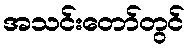
အသင်းတော်တွင်